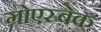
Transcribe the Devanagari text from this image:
ग्रोएस्बेक